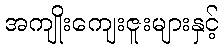
အကျိုးကျေးဇူးများနှင့်